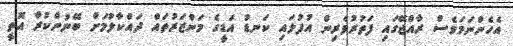
އެހެންނަމަވެސް ރާއްޖޭގައި ފަތުރުވެރިން އުފުލައި ކަނޑު އަޑީގެ މަންޒަރުތައް ދައްކާލުމަށް ބޭނުންކުރާ އޮތީ